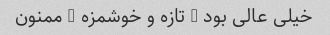
خیلی عالی بود … تازه و خوشمزه … ممنون